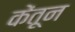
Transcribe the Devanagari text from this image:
केंतून